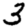
Digit: 3